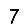
Digit: 7